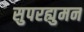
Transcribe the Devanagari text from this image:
सुपरह्युमन